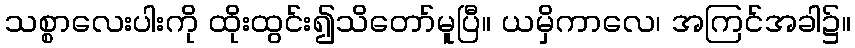
သစ္စာလေးပါးကို ထိုးထွင်း၍သိတော်မူပြီ။ ယမှိကာလေ၊ အကြင်အခါ၌။